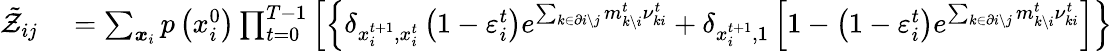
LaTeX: \begin{array}{rl}{\tilde{\mathcal{Z}}_{ij}}&{{}=\sum_{\boldsymbol{x}_{i}}p\left(x_{i}^{0}\right)\prod_{t=0}^{T-1}\left[\left\{ \delta_{x_{i}^{t+1},x_{i}^{t}}\left(1-\varepsilon_{i}^{t}\right)e^{\sum_{k\in\partial i\setminus j}m_{k\setminus i}^{t}\nu_{ki}^{t}}+\delta_{x_{i}^{t+1},1}\left[1-\left(1-\varepsilon_{i}^{t}\right)e^{\sum_{k\in\partial i\setminus j}m_{k\setminus i}^{t}\nu_{ki}^{t}}\right]\right\} \right.}\end{array}